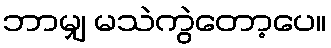
ဘာမျှ မသဲကွဲတော့ပေ။